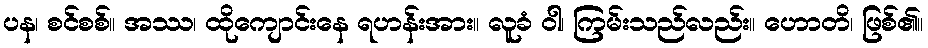
ပန၊ စင်စစ်။ အဿ၊ ထိုကျောင်းနေ ရဟန်းအား။ လူခံ ဝါ၊ ကြမ်းသည်လည်း။ ဟောတိ၊ ဖြစ်၏။